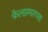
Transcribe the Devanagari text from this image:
फेल्डस्पारच्या